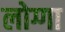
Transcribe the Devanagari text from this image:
लोग्गा